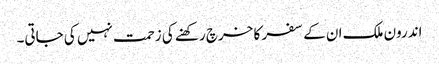
اندرون ملک ان کے سفر کا خرچ رکھنے کی زحمت نہیں کی جاتی۔